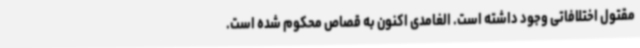
مقتول اختلافاتی وجود داشته است. الغامدی اکنون به قصاص محکوم شده است.